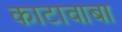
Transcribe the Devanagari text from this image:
काटावाबा